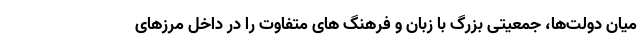
میان دولت‌ها، جمعیتی بزرگ با زبان و فرهنگ های متفاوت را در داخل مرزهای